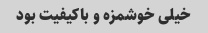
خیلی خوشمزه و باکیفیت بود